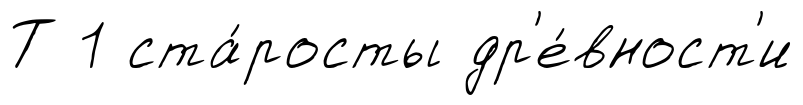
Т 1 ста́росты др'е́вност'и